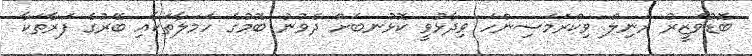
ބޮޑުވަޒީރު ރަނިލް ވިކްރަމަސިންހަ ވިދާޅުވީ ކޮޅުނބަށް ދެވުނު ބޮމުގެ ހަމަލާތަކާއި ބޭރުގެ ފަރާތަކާ